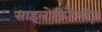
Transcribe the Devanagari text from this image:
साइलोफ़िटैलीज़